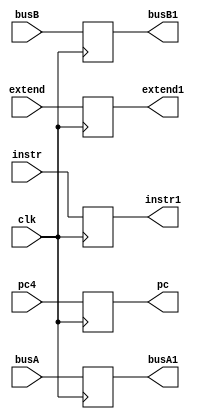
`timescale 1ns / 1ps
//////////////////////////////////////////////////////////////////////////////////
// Company: 
// Engineer: 
// 
// Design Name: 
// Module Name: ID-EX
// Project Name: 
// Target Devices: 
// Tool Versions: 
// Description: 
// 
// Dependencies: 
// 
// Revision:
// Revision 0.01 - File Created
// Additional Comments:
// 
//////////////////////////////////////////////////////////////////////////////////


module IDEX(
    input   [31:0]instr,
    input   clk,
    input   [31:0]pc4,
    input   [31:0]busA,
    input   [31:0]busB,
    input   [31:0]extend,
    output  reg[31:0]pc,
    output  reg[31:0]busA1,
    output  reg[31:0]busB1,
    output  reg[31:0]extend1,
    output  reg[31:0]instr1
    );

    initial
    begin
        pc = 0;
        busA1 = 0;
        busB1 = 0;
        extend1 = 0;
        instr1 = 0;
    end
    always@(posedge clk)
    begin
        pc <= pc4;
        busA1 <= busA;
        busB1 <= busB;
        extend1 <= extend;
        instr1 <= instr;
    end
endmodule